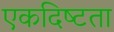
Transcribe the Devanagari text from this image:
एकदिष्‍टता